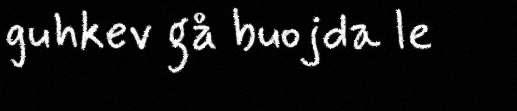
guhkev gå buojda le